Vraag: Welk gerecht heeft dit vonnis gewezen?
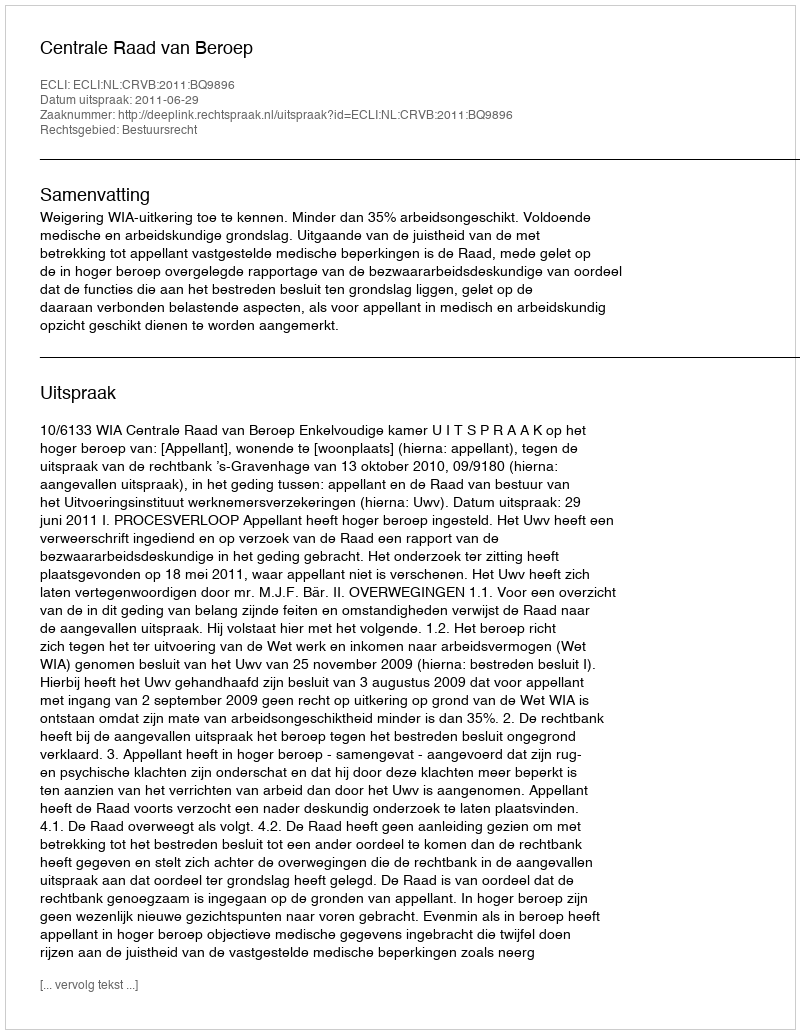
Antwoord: Centrale Raad van Beroep